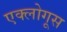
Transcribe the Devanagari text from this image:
एक्लोगूस